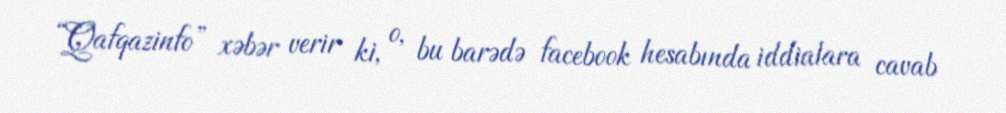
“Qafqazinfo” xəbər verir ki, o, bu barədə facebook hesabında iddialara cavab